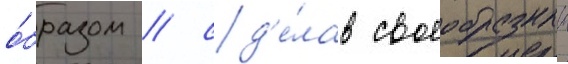
о́бразом / сд'е́лав своеобразныи